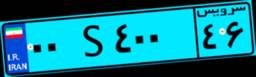
۰۶S۲۴۵۲۳